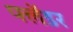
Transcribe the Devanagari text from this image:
फ्लेंडर